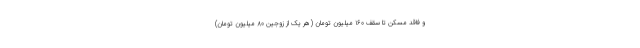
و فاقد مسکن تا سقف ۱۶۰ میلیون تومان (هر یک از زوجین ۸۰ میلیون تومان)